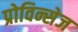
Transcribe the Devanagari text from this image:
प्रोविन्सेज